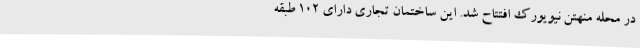
در محله منهتن نیویورک افتتاح شد. این ساختمان تجاری دارای ۱۰۲ طبقه